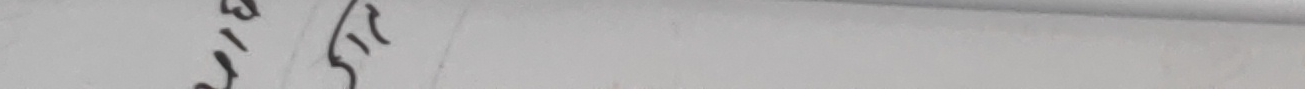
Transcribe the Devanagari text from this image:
११